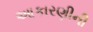
આકારણીની